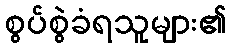
စွပ်စွဲခံရသူများ၏